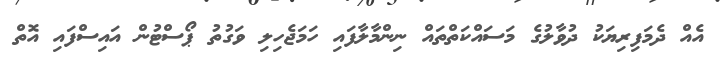
އެއް ދެމަފިރިޔަކު ދުވާލުގެ މަސައްކަތްތައް ނިންމާލާފައި ހަމަޖެހިލި ވަގުތު ޕޯސްޓުން އައިސްފައި އޮތް